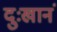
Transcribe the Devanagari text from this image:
दुःखानं